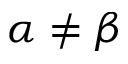
\alpha \neq \beta